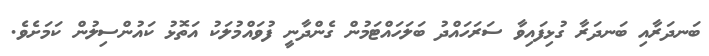
ބަނދަރާއި ބަނދަރާ ގުޅިފައިވާ ސަރަހައްދު ބަލަހައްޓަމުން ގެންދާނީ ފުވައްމުލަކު އަތޮޅު ކައުންސިލުން ކަމަށެވެ.